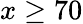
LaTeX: x\ge 70